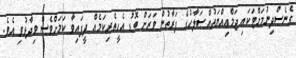
ގެނެސްދިނުމަށްޓަކައި ޖަމްޢިއްޔަތުއްޞަލާހުގެ ފަރާތުން ވަރަށް ބޮޑު އެހީތެރިކަމެއް ދީފައިވާ ކަމަށްވެސް ވިދާޅުވި އެވެ.